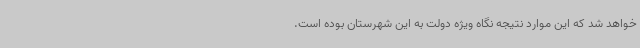
خواهد شد که این موارد نتیجه نگاه ویژه دولت به این شهرستان بوده است.